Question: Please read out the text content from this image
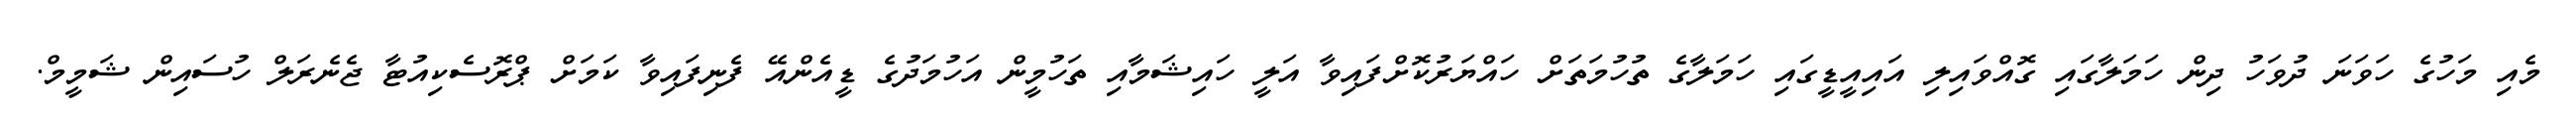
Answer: މެއި މަހުގެ ހަވަނަ ދުވަހު ދިން ހަމަލާގައި ގޮއްވައިލި އައިއީޑީގައި ހަމަލާގެ ތުހުމަތަށް ހައްޔަރުކޮށްފައިވާ އަލީ ހައިޝަމާއި ތަހުމީން އަހުމަދުގެ ޑީއެންއޭ ފެނިފައިވާ ކަމަށް ޕްރޮސެކިއުޓާ ޖެނެރަލް ހުސައިން ޝަމީމް.